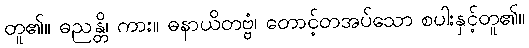
တူ၏။ ဓညန္တိ၊ ကား။ ဓနာယိတဗ္ဗံ၊ တောင့်တအပ်သော စပါးနှင့်တူ၏။